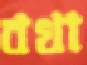
বখা